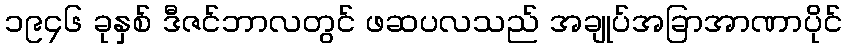
၁၉၄၆ ခုနှစ် ဒီဇင်ဘာလတွင် ဖဆပလသည် အချုပ်အခြာအာဏာပိုင်